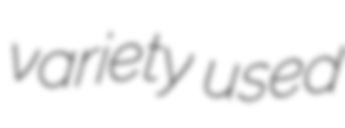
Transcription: variety used